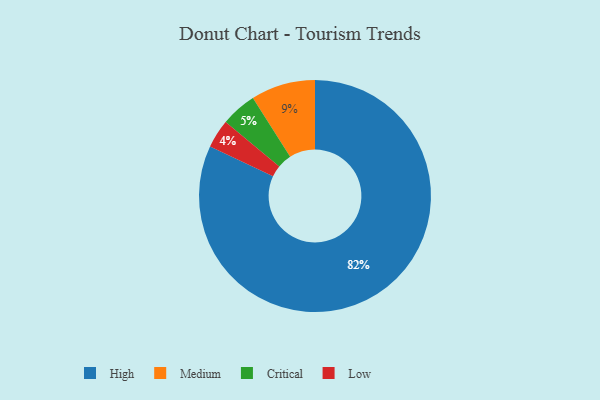
{"axis": {"x": "Category", "y": "Percentage"}, "legend": ["Critical", "High", "Low", "Medium"], "data": [{"x": "Low", "y": 4, "type": "Low"}, {"x": "Medium", "y": 9, "type": "Medium"}, {"x": "High", "y": 82, "type": "High"}, {"x": "Critical", "y": 5, "type": "Critical"}]}